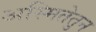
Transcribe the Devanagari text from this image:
अस्मितेतुन